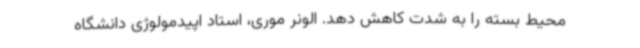
محیط بسته را به شدت کاهش دهد. الونر موری، استاد اپیدمولوژی دانشگاه